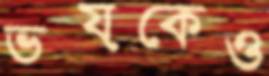
ভয়কেও